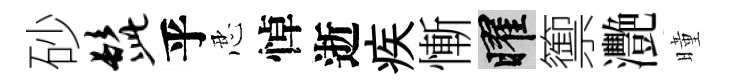
砂髭乎忍悼逝疾慚曜籞灧曈